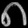
Digit: ၈